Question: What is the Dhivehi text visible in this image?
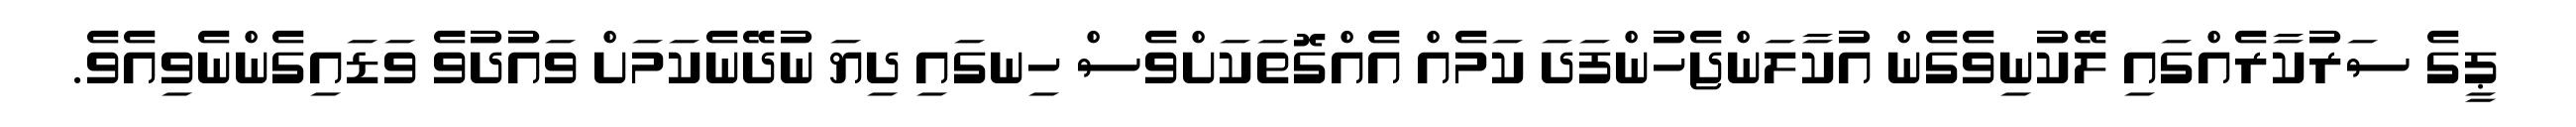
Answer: ޕީގެ ސަރުކާރެއްގައި ލޭކުނިވެގެން އުކާލަންޖެހުންފަދަ ކަމެއް އެއްގޮތަކަށްވެސް ހިނގައި ދިޔަ ނުދޭނެކަމަށް ވައުދުވެ ވަޑައިގެންނެވިއެވެ.